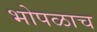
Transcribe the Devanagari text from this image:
भोपळाच